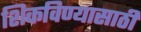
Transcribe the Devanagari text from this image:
शिकविण्यासाठीं